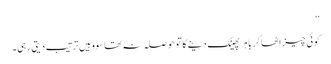
‘‘
کوئی چیز اٹھا کر باہر پھینک دینے کا تو حوصلہ نہ تھا سو وہیں ترتیب دیتی رہی۔